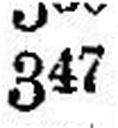
347